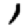
Digit: 1